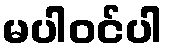
မပါဝင်ပါ